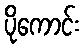
ပိုကောင်း